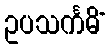
ဥပသင်္ကမိံ